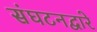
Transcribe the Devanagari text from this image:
संघटनद्वारे